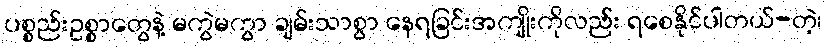
ပစ္စည်းဥစ္စာတွေနဲ့ မကွဲမကွာ ချမ်းသာစွာ နေရခြင်းအကျိုးကိုလည်း ရစေနိုင်ပါတယ်-တဲ့၊